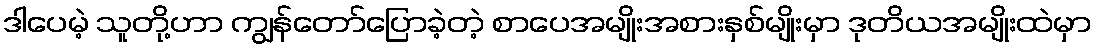
ဒါပေမဲ့ သူတို့ဟာ ကျွန်တော်ပြောခဲ့တဲ့ စာပေအမျိုးအစားနှစ်မျိုးမှာ ဒုတိယအမျိုးထဲမှာ